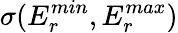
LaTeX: \sigma(E_{r}^{min},E_{r}^{max})